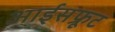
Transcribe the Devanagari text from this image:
आईसफ्रूट